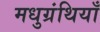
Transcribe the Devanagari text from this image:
मधुग्रंथियाँ